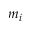
m _ { i }